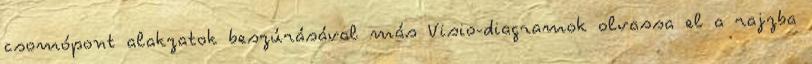
csomópont alakzatok beszúrásával más Visio-diagramok olvassa el a rajzba